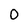
Character: 0